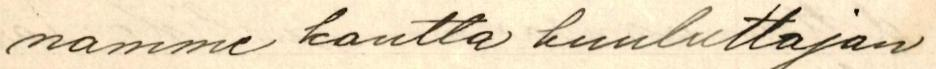
namme kautta kuuluttajan